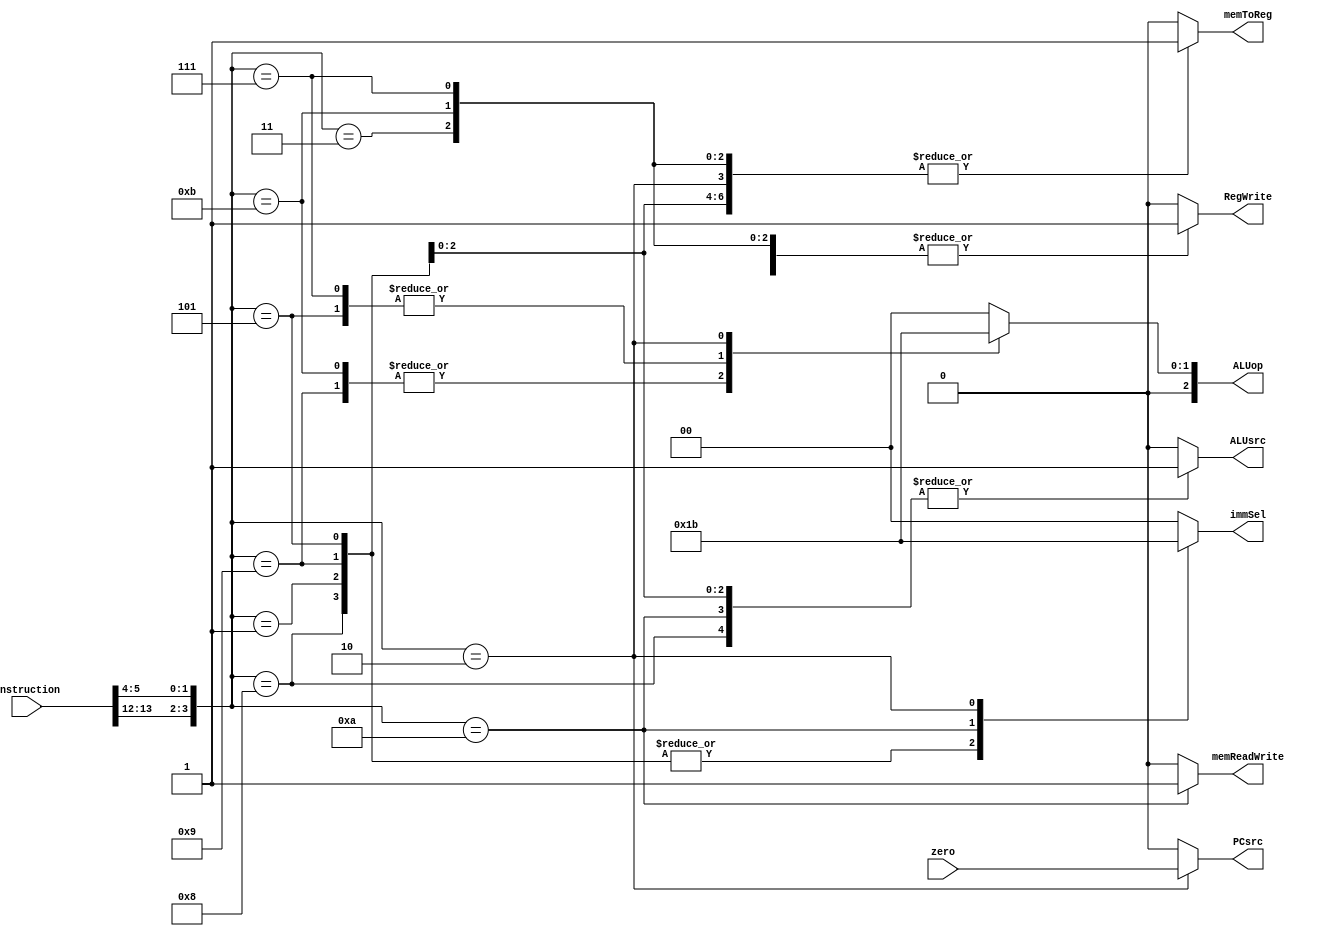
module controlUnit (immSel, ALUop, PCsrc, ALUsrc, memReadWrite, memToReg, RegWrite, instruction, zero);

 input  [31:0] instruction;
 input zero;
 
 output reg PCsrc, ALUsrc, memReadWrite, memToReg, RegWrite;
 output reg [1:0] immSel;
 output reg [2:0] ALUop;

 wire [3:0] opcode;
	assign opcode = {{instruction[13:12]}, {instruction[5:4]}};
	
	always @ (*) begin
		case(opcode)
			4'b0011: begin
				immSel = 2'b00;
				ALUsrc = 1'b0;
				ALUop = 3'b000;
				memReadWrite = 1'b0;
				memToReg = 1'b1;
				PCsrc = 1'b0;
				RegWrite = 1'b1;
			end
			
			4'b1011: begin
				immSel = 2'b00;
				ALUsrc = 1'b0;
				ALUop = 3'b001;
				memReadWrite = 1'b0;
				memToReg = 1'b1;
				PCsrc = 1'b0;
				RegWrite = 1'b1;
			end
				
			4'b0111: begin
				immSel = 2'b00;
				ALUsrc = 1'b0;
				ALUop = 3'b010;
				memReadWrite = 1'b0;
				memToReg = 1'b1;
				PCsrc = 1'b0;
				RegWrite = 1'b1;
			end
			
			4'b0001: begin
				immSel = 2'b01;
				ALUsrc = 1'b1;
				ALUop = 3'b000;
				memReadWrite = 1'b0;
				memToReg = 1'b1;
				PCsrc = 1'b0;
				RegWrite = 1'b1;
			end
			
			4'b1001: begin
				immSel = 2'b01;
				ALUsrc = 1'b1;
				ALUop = 3'b001;
				memReadWrite = 1'b0;
				memToReg = 1'b1;
				PCsrc = 1'b0;
				RegWrite = 1'b1;
			end
				
			4'b0101: begin
				immSel = 2'b01;
				ALUsrc = 1'b1;
				ALUop = 3'b010;
				memReadWrite = 1'b0;
				memToReg = 1'b1;
				PCsrc = 1'b0;
				RegWrite = 1'b1;
			end
				
			4'b1000: begin
				immSel = 2'b01;
				ALUsrc = 1'b1;
				ALUop = 3'b000;
				memReadWrite = 1'b0;
				memToReg = 1'b0;
				PCsrc = 1'b0;
				RegWrite = 1'b1;
			end
			
			4'b1010: begin
				immSel = 2'b10;
				ALUsrc = 1'b1;
				ALUop = 3'b000;
				memReadWrite = 1'b1;
				memToReg = 1'b0;
				PCsrc = 1'b0;
				RegWrite = 1'b0;
			end
				
			4'b0010: begin
				immSel = 2'b11;
				ALUsrc = 1'b0;
				ALUop = 3'b011;
				memReadWrite = 1'b0;
				memToReg = 1'b1;
				PCsrc = zero;
				RegWrite = 1'b0;
			end
			
			default: begin
				immSel = 2'b00;
				ALUsrc = 1'b0;
				ALUop = 3'b000;
				memReadWrite = 1'b0;
				memToReg = 1'b0;
				PCsrc = 1'b0;
				RegWrite = 1'b0;
			end
				
		endcase
	end
 
endmodule